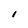
Character: I